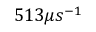
5 1 3 \mu s ^ { - 1 }